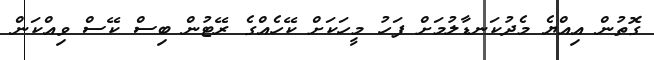
ގޮތުން އިއްޔެ މެދުކަނޑާލުމަށް ފަހު މީހަކަށް ކޭހެއްގެ ރޭޓުން ބިސް ކޭސް ވިއްކަން